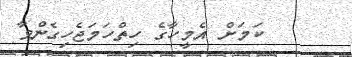
ކަމަށް އެމީހާގެ ހިތްހަމަޖެހިގެންވާ